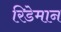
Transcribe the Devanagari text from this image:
रिडेमान